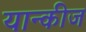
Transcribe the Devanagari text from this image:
यान्कीज